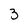
Character: 3